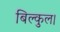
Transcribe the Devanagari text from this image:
बिल्कुल।